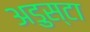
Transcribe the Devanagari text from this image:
अडुस्टा